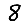
Digit: 8